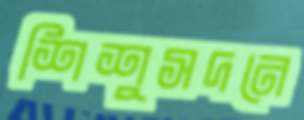
শিশুসদনে